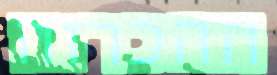
ההכרזה